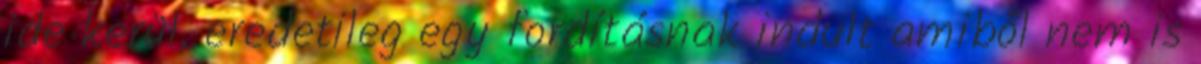
ide kerül, eredetileg egy fordításnak indult amiből nem is